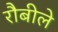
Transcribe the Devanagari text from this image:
रौबीले